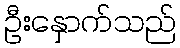
ဦးနှောက်သည်